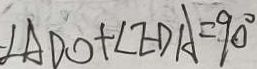
\cdot \angle A D O + \angle E D A = 9 0 ^ { \circ }